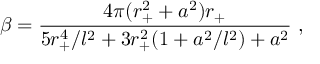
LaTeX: \beta = { \frac { 4 \pi ( r _ { + } ^ { 2 } + a ^ { 2 } ) r _ { + } } { 5 r _ { + } ^ { 4 } / l ^ { 2 } + 3 r _ { + } ^ { 2 } ( 1 + a ^ { 2 } / l ^ { 2 } ) + a ^ { 2 } } } \ ,